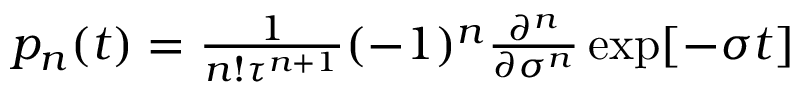
\begin{array} { r } { p _ { n } ( t ) = \frac { 1 } { n ! \tau ^ { n + 1 } } ( - 1 ) ^ { n } \frac { \partial ^ { n } } { \partial \sigma ^ { n } } \exp [ - \sigma t ] } \end{array}